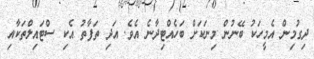
ދިގުމިން އެމީހަކު ބޭނުން މިނަކަށް ބަހެއްޓިދާނެ އެވެ. އަދި ތަފާތު އެކި ސްޓައިލްތަކާއި